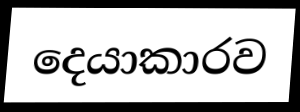
දෙයාකාරව